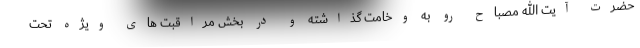
حضرت آیت الله مصباح رو به وخامت گذاشته و در بخش مراقبت های ویژه تحت